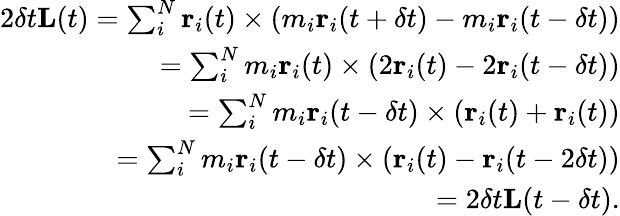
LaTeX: \begin{array}{r}{2\delta t\textbf{L}(t)=\sum_{i}^{N}\textbf{r}_{i}(t)\times(m_{i}\textbf{r}_{i}(t+\delta t)-m_{i}\textbf{r}_{i}(t-\delta t))}\\ {=\sum_{i}^{N}m_{i}\textbf{r}_{i}(t)\times(2\textbf{r}_{i}(t)-2\textbf{r}_{i}(t-\delta t))}\\ {=\sum_{i}^{N}m_{i}\textbf{r}_{i}(t-\delta t)\times(\textbf{r}_{i}(t)+\textbf{r}_{i}(t))}\\ {=\sum_{i}^{N}m_{i}\textbf{r}_{i}(t-\delta t)\times(\textbf{r}_{i}(t)-\textbf{r}_{i}(t-2\delta t))}\\ {=2\delta t\textbf{L}(t-\delta t).}\end{array}